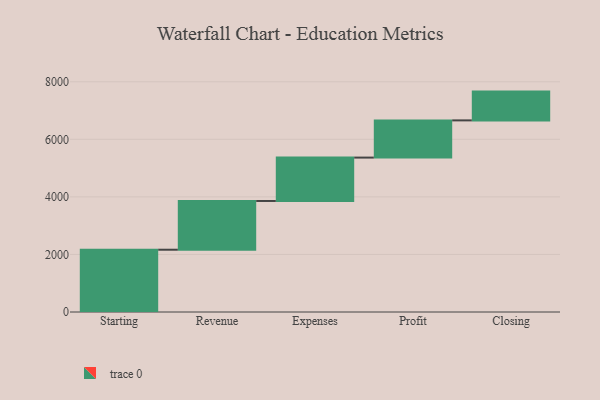
{"axis": {"x": "Step", "y": "Value"}, "legend": [""], "data": [{"x": "Starting", "y": 2164.0, "type": ""}, {"x": "Revenue", "y": 1694.0, "type": ""}, {"x": "Expenses", "y": 1507.0, "type": ""}, {"x": "Profit", "y": 1293.0, "type": ""}, {"x": "Closing", "y": 1000, "type": ""}]}